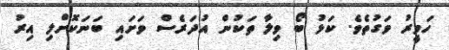
ހަވީރު ވަގުތެވެ. ކަޅު ބޯ ވިލާ ތަކުން އުދަރެސް ވަށައި ބަނަކޮށްލި އިރު